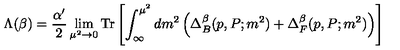
\Lambda ( \beta ) = \frac { \alpha ^ { \prime } } { 2 } \lim _ { \mu ^ { 2 } \rightarrow 0 } \mathrm { T r } \left[ \int _ { \infty } ^ { \mu ^ { 2 } } d m ^ { 2 } \left( \Delta _ { B } ^ { \beta } ( p , P ; m ^ { 2 } ) + \Delta _ { F } ^ { \beta } ( p , P ; m ^ { 2 } ) \right) \right]